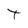
Character: t